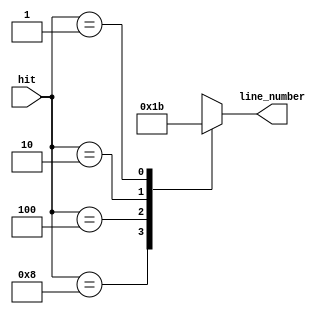
// GNU General Public License
//
// Copyright : (c) 2023-2024 Javier Beiro Pin
//           : (c) 2023-2024 Beatriz Navidad Vilches
//           : (c) 2023-2024 Stefano Petrilli
//
// This file is part of Abejaruco <https:// github.com/Beanavil/Abejaruco>.
//
// Abejaruco is free software: you can redistribute it and/or modify it under
// the terms of the GNU General Public License as published by the Free
// Software Foundation, either version 3 of the License, or (at your option)
// any later version.
//
// Abejaruco is distributed in the hope that it will be useful, but WITHOUT ANY
// WARRANTY; without even the implied warranty of MERCHANTABILITY or FITNESS
// FOR A PARTICULAR PURPOSE. See the GNU General Public License for more details.
//
// You should have received a copy of the GNU General Public License
// along with Abejaruco placed on the LICENSE.md file of the root folder.
// If not, see <https:// www.gnu.org/licenses/>.

`ifndef PRIORITY_ENCODER_V
`define PRIORITY_ENCODER_V

module priority_encoder(
    input wire [3:0] hit,
    output reg [1:0] line_number
  );
  always @(*)
  begin
    case(hit)
      4'b1000:
        line_number = 2'b00;
      4'b0100:
        line_number = 2'b01;
      4'b0010:
        line_number = 2'b10;
      4'b0001:
        line_number = 2'b11;
      default:
        line_number = 2'bxx; // No hit or multiple hits
    endcase
  end
endmodule

`endif